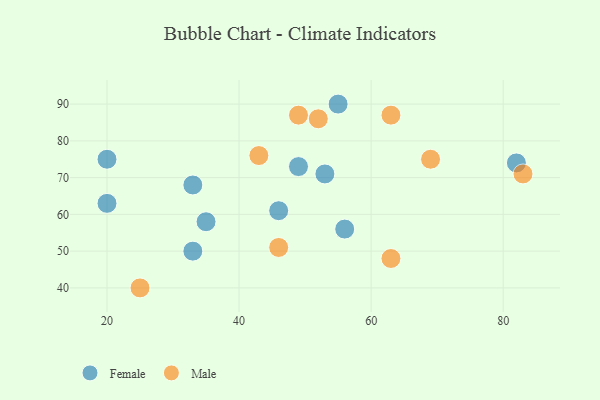
{"axis": {"x": "GDP", "y": "Life Expectancy"}, "legend": ["Female", "Male"], "data": [{"x": "35", "y": 58, "type": "Female"}, {"x": "82", "y": 74, "type": "Female"}, {"x": "49", "y": 73, "type": "Female"}, {"x": "20", "y": 63, "type": "Female"}, {"x": "33", "y": 50, "type": "Female"}, {"x": "33", "y": 68, "type": "Female"}, {"x": "53", "y": 71, "type": "Female"}, {"x": "20", "y": 75, "type": "Female"}, {"x": "55", "y": 90, "type": "Female"}, {"x": "46", "y": 61, "type": "Female"}, {"x": "56", "y": 56, "type": "Female"}, {"x": "83", "y": 71, "type": "Male"}, {"x": "52", "y": 86, "type": "Male"}, {"x": "25", "y": 40, "type": "Male"}, {"x": "46", "y": 51, "type": "Male"}, {"x": "43", "y": 76, "type": "Male"}, {"x": "63", "y": 48, "type": "Male"}, {"x": "49", "y": 87, "type": "Male"}, {"x": "69", "y": 75, "type": "Male"}, {"x": "63", "y": 87, "type": "Male"}]}